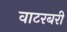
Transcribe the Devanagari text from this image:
वाटरबरी